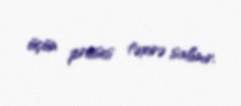
üçün proses təxirə salınır.